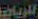
الرياض